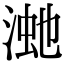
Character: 𣸚